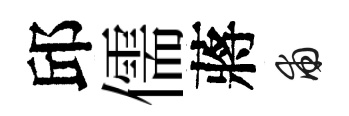
邱儒蔣甫